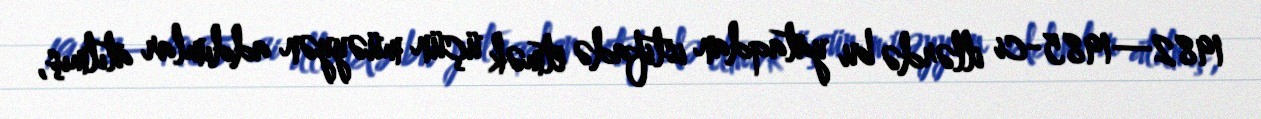
1982—1985-ci illərdə bu yataqdan istifadə etmək üçün müəyyən addımlar atılmış,